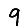
Digit: 9